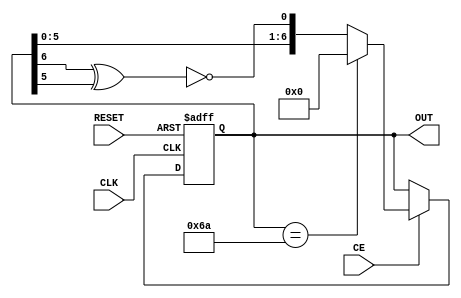
`timescale 1ns / 1ps
module PRandomVert(
        input CLK,
        input RESET,
        input CE,
		  output [6:0] OUT);

reg [6:0] lfsr;
wire d0,lfsr_equal;
assign OUT=lfsr;

xnor(d0,lfsr[6],lfsr[5]);
assign lfsr_equal = (lfsr == 7'h6A);

always @(posedge CLK,posedge RESET) begin
    if(RESET) begin
        lfsr <= 0;
    end
    else begin
        if(CE)
            lfsr <= lfsr_equal ? 7'h0 : {lfsr[5:0],d0};
    end
end
endmodule